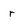
Character: r